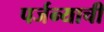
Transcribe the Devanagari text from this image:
पर्जन्याची